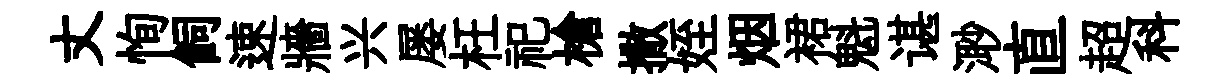
丈恂飼速牆兴屡枉祀槍撒姪烟裙魁谌𣺌直超科